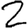
Digit: 2